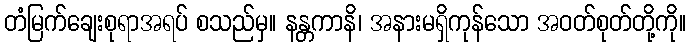
တံမြက်ချေးစုရာအရပ် စသည်မှ။ နန္တကာနိ၊ အနားမရှိကုန်သော အဝတ်စုတ်တို့ကို။